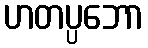
ဟတပ္ပဘော